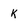
Character: k